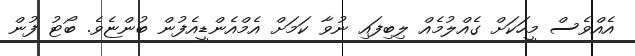
އެއްވެސް މީހަކަށް ގެއްލުމެއް ލިބިފައި ނުވާ ކަމަށް އެމްއެންޑީއެފުން ބުންޏެވެ. ބޯޓު ފުން